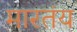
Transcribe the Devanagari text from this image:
मारतंय